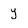
Character: y